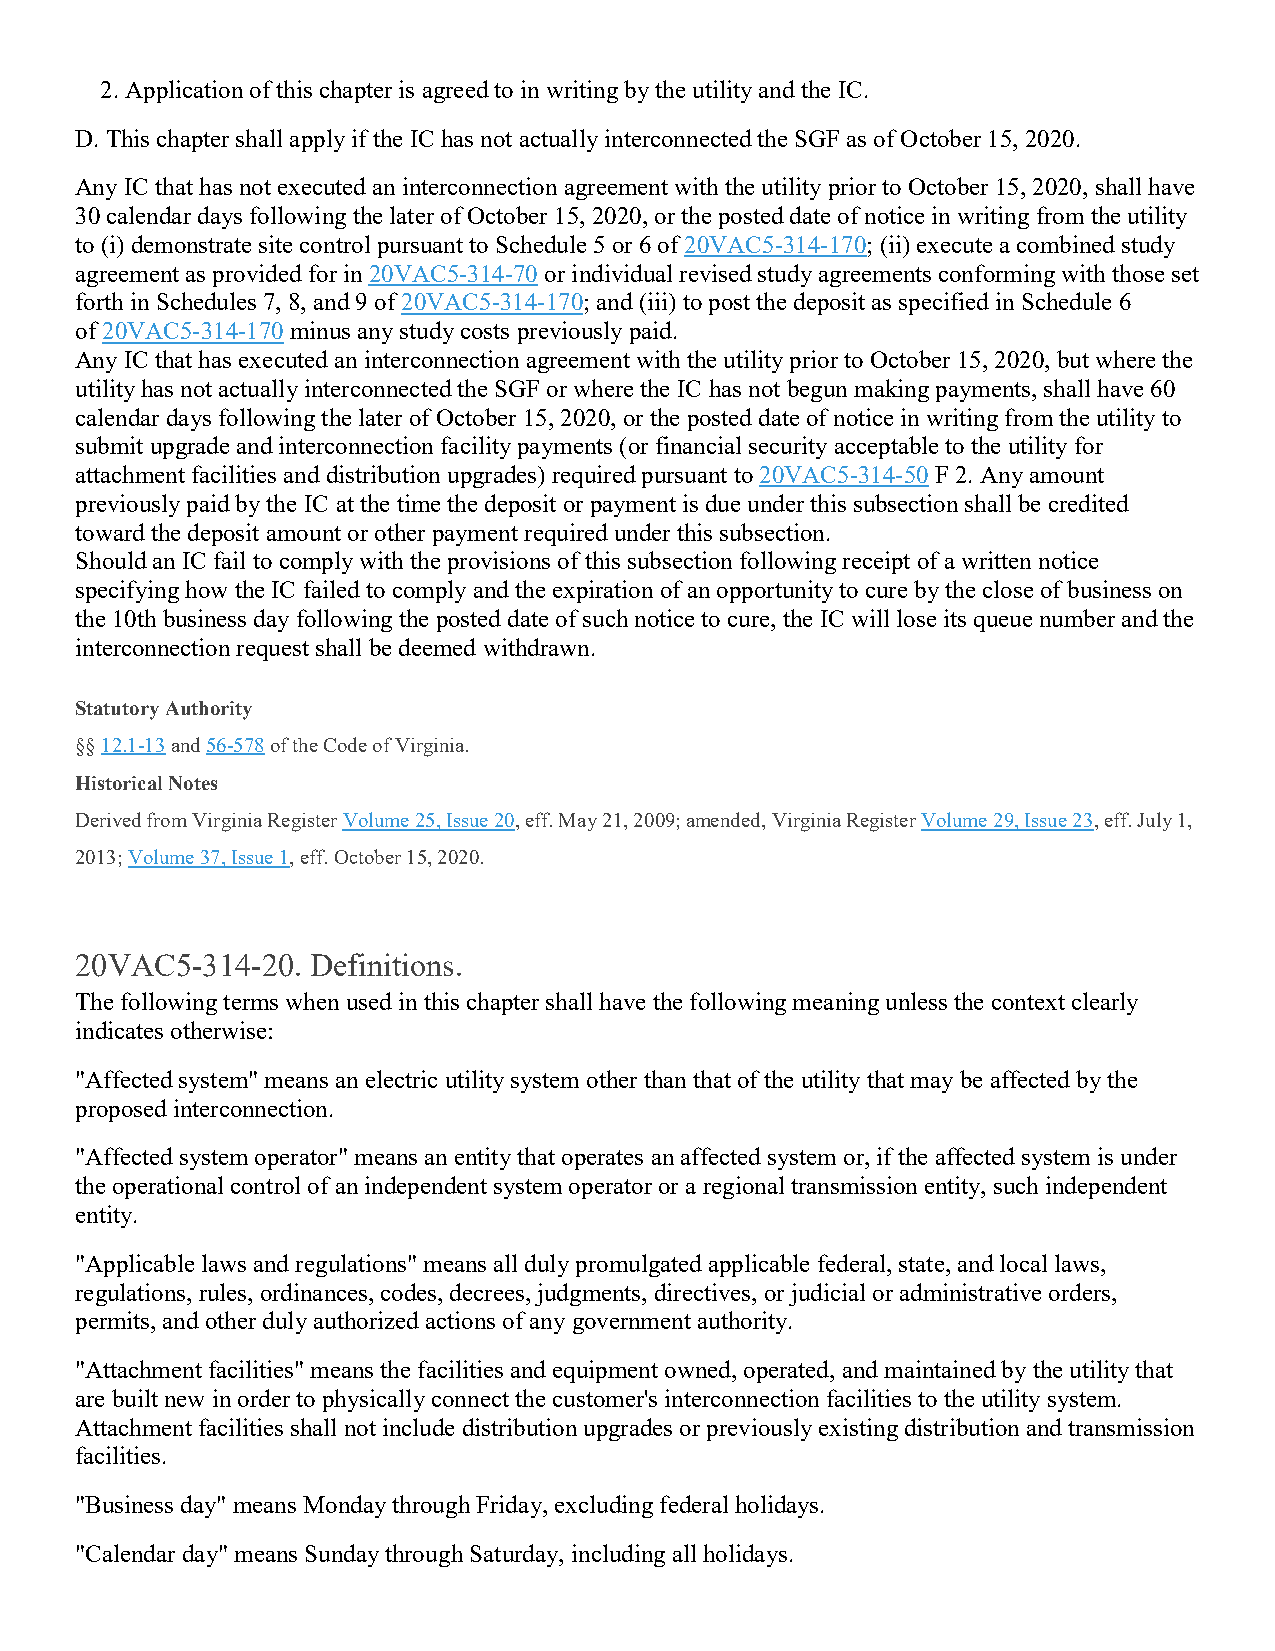
2. Application of this chapter is agreed to in writing by the utility and the IC.
 D. This chapter shall apply if the IC has not actually interconnected the SGF as of October 15, 2020.
 Any IC that has not executed an interconnection agreement with the utility prior to October 15, 2020, shall have
 30 calendar days following the later of October 15, 2020, or the posted date of notice in writing from the utility
 to (i) demonstrate site control pursuant to Schedule 5 or 6 of 20VAC5-314-170; (ii) execute a combined study
 agreement as provided for in 20VAC5-314-70 or individual revised study agreements conforming with those set
 forth in Schedules 7, 8, and 9 of 20VAC5-314-170; and (iii) to post the deposit as specified in Schedule 6
 of 20VAC5-314-170 minus any study costs previously paid.
 Any IC that has executed an interconnection agreement with the utility prior to October 15, 2020, but where the
 utility has not actually interconnected the SGF or where the IC has not begun making payments, shall have 60
 calendar days following the later of October 15, 2020, or the posted date of notice in writing from the utility to
 submit upgrade and interconnection facility payments (or financial security acceptable to the utility for
 attachment facilities and distribution upgrades) required pursuant to 20VAC5-314-50 F 2. Any amount
 previously paid by the IC at the time the deposit or payment is due under this subsection shall be credited
 toward the deposit amount or other payment required under this subsection.
 Should an IC fail to comply with the provisions of this subsection following receipt of a written notice
 specifying how the IC failed to comply and the expiration of an opportunity to cure by the close of business on
 the 10th business day following the posted date of such notice to cure, the IC will lose its queue number and the
 interconnection request shall be deemed withdrawn.
 Statutory Authority
 §§ 12.1-13 and 56-578 of the Code of Virginia.
 Historical Notes
 Derived from Virginia Register Volume 25, Issue 20, eff. May 21, 2009; amended, Virginia Register Volume 29, Issue 23, eff. July 1,
 2013; Volume 37, Issue 1, eff. October 15, 2020.
 20VAC5-314-20.  Definitions.
 The following terms when used in this chapter shall have the following meaning unless the context clearly
 indicates otherwise:
 "Affected system" means an electric utility system other than that of the utility that may be affected by the
 proposed interconnection.
 "Affected system operator" means an entity that operates an affected system or, if the affected system is under
 the operational control of an independent system operator or a regional transmission entity, such independent
 entity.
 "Applicable laws and regulations" means all duly promulgated applicable federal, state, and local laws,
 regulations, rules, ordinances, codes, decrees, judgments, directives, or judicial or administrative orders,
 permits, and other duly authorized actions of any government authority.
 "Attachment facilities" means the facilities and equipment owned, operated, and maintained by the utility that
 are built new in order to physically connect the customer's interconnection facilities to the utility system.
 Attachment facilities shall not include distribution upgrades or previously existing distribution and transmission
 facilities.
 "Business day" means Monday through Friday, excluding federal holidays.
 "Calendar day" means Sunday through Saturday, including all holidays.